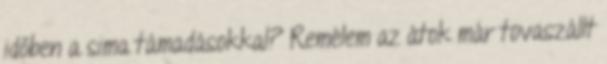
időben a sima támadásokkal? Remélem az átok már tovaszállt